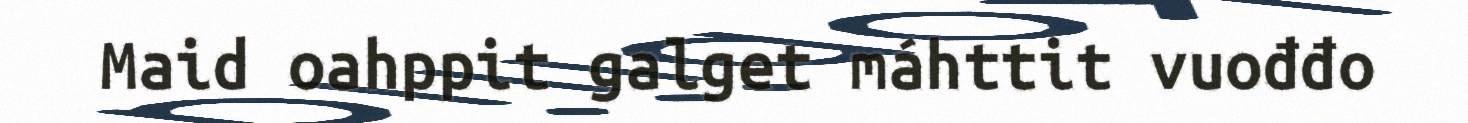
Maid oahppit galget máhttit vuođđo